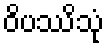
ဝိပဿိသုံ